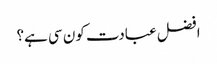
افضل عبادت کون سی ہے؟